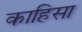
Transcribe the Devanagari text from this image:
काहिसा